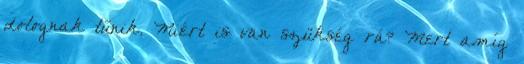
dolognak tűnik. Miért is van szükség rá? Mert amíg